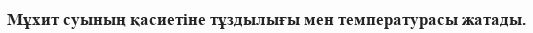
Мұхит суының қасиетіне тұздылығы мен температурасы жатады.